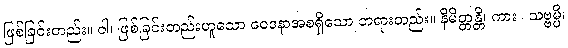
ဖြစ်ခြင်းတည်း။ ဝါ၊ ဖြစ်ခြင်းတည်းဟူသော ဝေဒနာအစရှိသော တရားတည်း။ နိမိတ္တန္တိ၊ ကား။ သဗ္ဗမ္ပိ၊